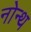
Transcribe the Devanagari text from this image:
नोन्थ